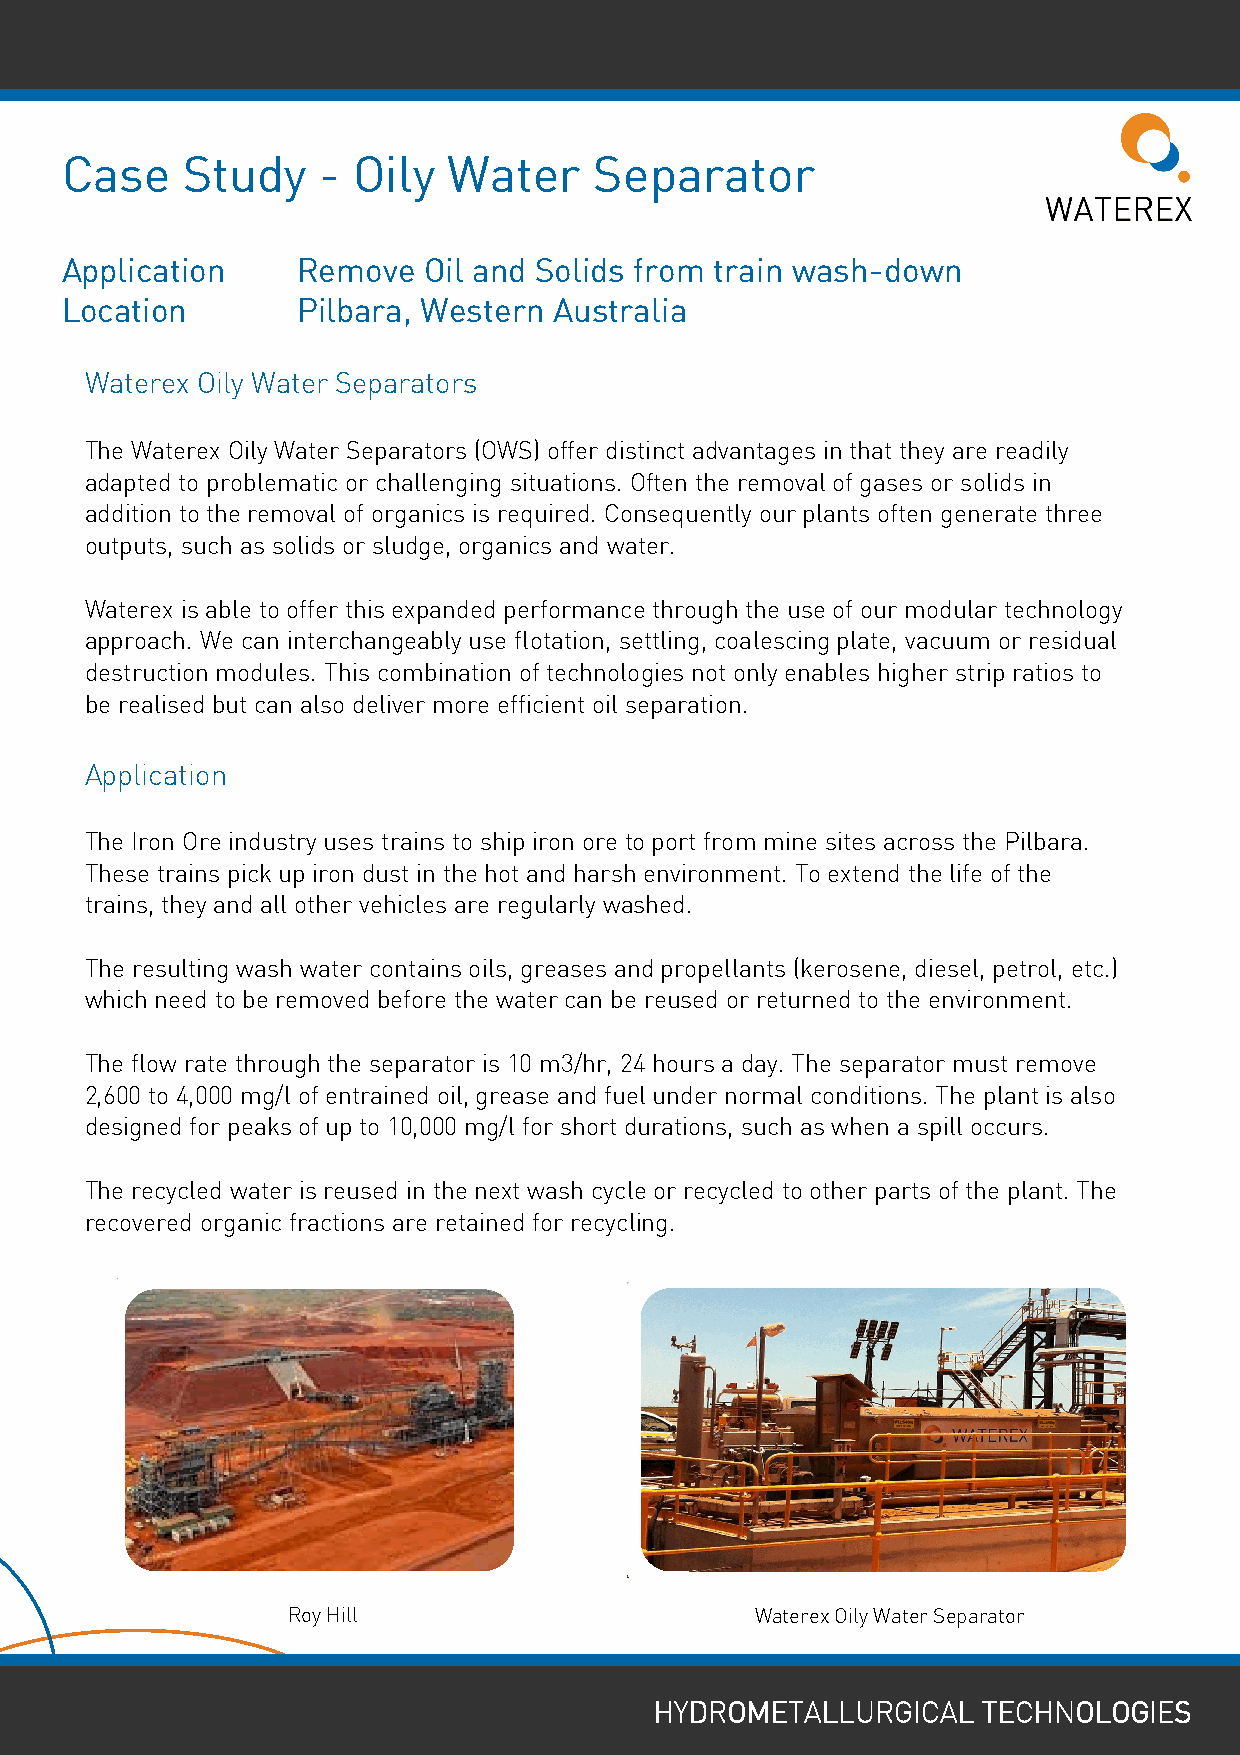
Case    Study    - Oily   Water    Separator
 Application     Remove  Oil and Solids from train wash-down
 Location        Pilbara, Western Australia
 Waterex Oily Water Separators
 The Waterex Oily Water Separators (OWS) offer distinct advantages in that they are readily
 adapted to problematic or challenging situations. Often the removal of gases or solids in
 addition to the removal of organics is required. Consequently our plants often generate three
 outputs, such as solids or sludge, organics and water.
 Waterex is able to offer this expanded performance through the use of our modular technology
 approach. We can interchangeably use flotation, settling, coalescing plate, vacuum or residual
 destruction modules. This combination of technologies not only enables higher strip ratios to
 be realised but can also deliver more efficient oil separation.
 Application
 The Iron Ore industry uses trains to ship iron ore to port from mine sites across the Pilbara.
 These trains pick up iron dust in the hot and harsh environment. To extend the life of the
 trains, they and all other vehicles are regularly washed.
 The resulting wash water contains oils, greases and propellants (kerosene, diesel, petrol, etc.)
 which need to be removed before the water can be reused or returned to the environment.
 The flow rate through the separator is 10 m3/hr, 24 hours a day. The separator must remove
 2,600 to 4,000 mg/l of entrained oil, grease and fuel under normal conditions. The plant is also
 designed for peaks of up to 10,000 mg/l for short durations, such as when a spill occurs.
 The recycled water is reused in the next wash cycle or recycled to other parts of the plant. The
 recovered organic fractions are retained for recycling.
 Roy Hill                       Waterex Oily Water Separator
 HHHHYYYYDDDDRRRROOOOMMMMEEEETTTTAAAALLLLLLLLUUUURRRRGGGGIIIICCCCAAAALLLL TTTTEEEECCCCHHHHNNNNOOOOLLLLOOOOGGGGIIIIEEEESSSS